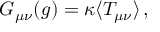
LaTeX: { \cal G } _ { \mu \nu } ( g ) = \kappa \langle T _ { \mu \nu } \rangle \, ,